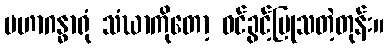
မဟာဂန္ဓာရုံ သံဃာကိုတော့ ဝင်ခွင့်ပြုသတဲ့တုန်း။